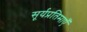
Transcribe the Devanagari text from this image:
सूर्यप्रतिमाएँ